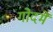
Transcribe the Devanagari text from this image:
गोदमें